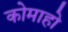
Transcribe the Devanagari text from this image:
कोमाहो